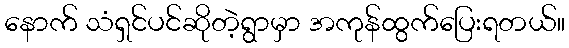
နောက် သံရှင်ပင်ဆိုတဲ့ရွာမှာ အကုန်ထွက်ပြေးရတယ်။